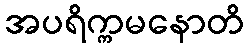
အပရိက္ကမနောတိ